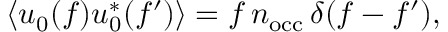
\langle u _ { 0 } ( f ) u _ { 0 } ^ { * } ( f ^ { \prime } ) \rangle = f \, n _ { \mathrm { o c c } } \, \delta ( f - f ^ { \prime } ) ,